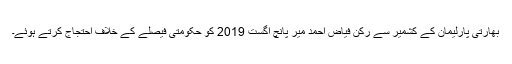
بھارتی پارلیمان کے کشمیر سے رکن فیاض احمد میر پانچ اگست 2019 کو حکومتی فیصلے کے خلاف احتجاج کرتے ہوئے۔